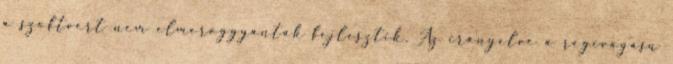
a szoftvert nem elmeroggyantak fejlesztik. Az irányelve a régivágású